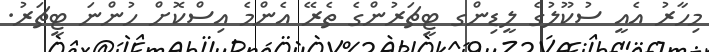
މިހާރު އެއީ ސުކޫލުގެ ލީޑިންގ ޓީޗަރުންގެ ތެރޭ އެންމެ އިސްކޮށް ހުންނަ ޓީޗަރު.